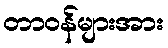
တာဝန်များအား